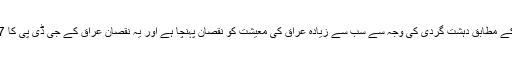
اس انڈیکس کے مطابق دہشت گردی کی وجہ سے سب سے زیادہ عراق کی معیشت کو نقصان پہنچا ہے اور یہ نقصان عراق کے جی ڈی پی کا 17 فیصد ہے۔